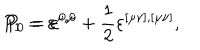
LaTeX: P _ { 1 } = \varepsilon ^ { \mu , \mu } + \frac 1 2 \varepsilon ^ { [ \mu \nu ] , [ \mu \nu ] } , \hspace { 0 . 5 i n } P _ { 0 } = \varepsilon ^ { 0 , 0 }